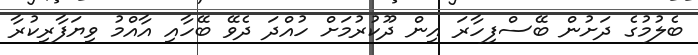
ބެލުމުގެ ދަށުން ބޭސްފިހާރަ އިން ދޫކުރުމަށް ހުއްދަ ދެވޭ ބޭހާއި އާއްމު ވިޔަފާރިކުރާ